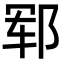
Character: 郓